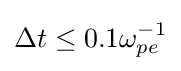
\Delta t\leq 0.1\omega _{pe}^{-1}